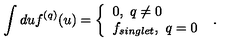
\int d u f ^ { ( q ) } ( u ) = \left\{ \begin{array} { l l } { 0 , \ q \neq 0 } \\ { f _ { s i n g l e t } , \ q = 0 } \\ \end{array} \right. \ .